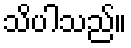
သိပါသည်။